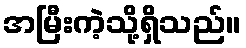
အမြီးကဲ့သို့ရှိသည်။